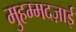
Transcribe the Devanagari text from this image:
मुहम्मदज़ाई